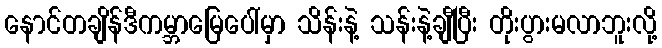
နောင်တချိန်ဒီကမ္ဘာမြေပေါ်မှာ သိန်းနဲ့ သန်းနဲ့ချီပြီး တိုးပွားမလာဘူးလို့